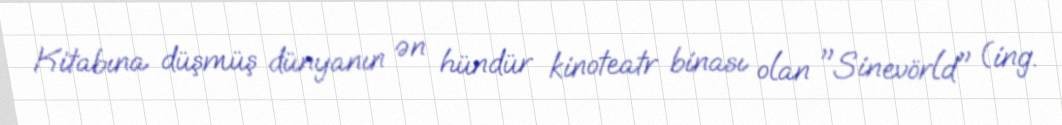
Kitabına düşmüş dünyanın ən hündür kinoteatr binası olan "Sinevörld" (ing.